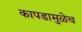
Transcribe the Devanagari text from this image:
कापडामुळेच